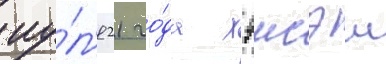
иу́л'я 21 го́да хэисэи